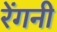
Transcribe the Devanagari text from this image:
रेंगनी